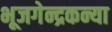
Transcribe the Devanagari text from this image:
भूजगेन्द्रकन्या